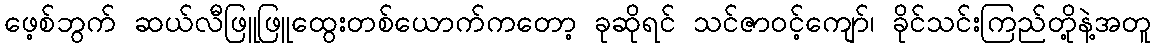
ဖေ့စ်ဘွက် ဆယ်လီဖြူဖြူထွေးတစ်ယောက်ကတော့ ခုဆိုရင် သင်ဇာဝင့်ကျော်၊ ခိုင်သင်းကြည်တို့နဲ့အတူ